Medical and sanitary report of the native army of Madras for the year
Year: 1876
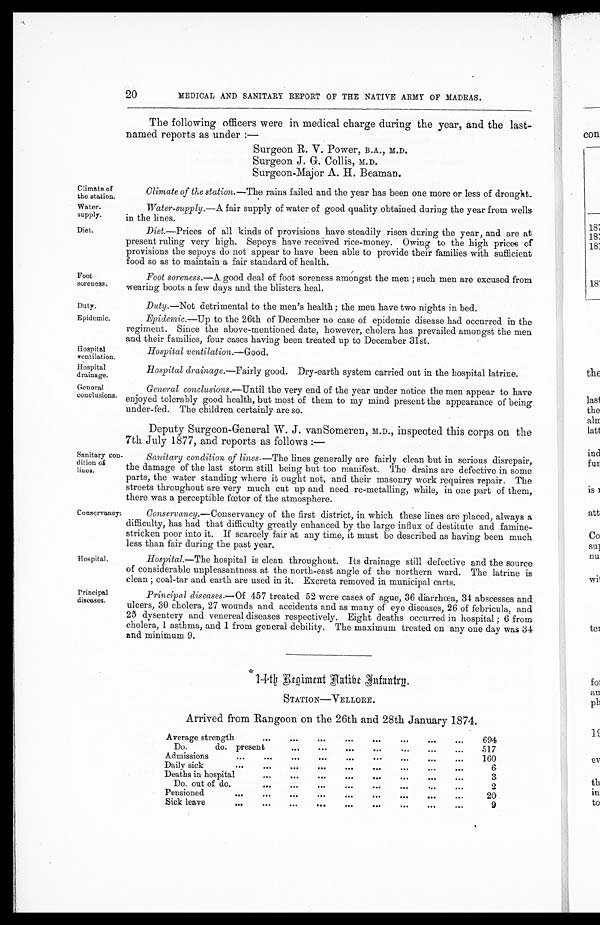
20
MEDICAL AND SANITARY REPORT OF THE NATIVE ARMY OF MADRAS.
The following officers were in medical charge during the year, and the last-
named reports as under :-
Surgeon R. V. Power, B.A., M.D.
Surgeon J. G. Collis, M.D.
Surgeon-Major A. H. Beaman.
Climate of
Climate of the station.—The rains failed and the year has been one more or less of drought_
the station.
Water.
Water-supply.—A fair supply of water of good quality obtained during the year from wells
supply.
in the lines.
Diet. Diet.—Prices of all kinds of provisions have steadily risen during the year, and are at
present ruling very high. Sepoys have received rice-money. Owing to the high prices of
provisions the sepoys do not appear to have been able to provide their families with sufficient
food so as to maintain a fair standard of health.
Foot
Foot soreness.—A good deal of foot soreness amongst the men ; such men are excused from
soreness.
wearing boots a few days and the blisters heal.
Duty.
Duty.—Not detrimental to the men's health; the men have two nights in bed.
Epidemic. Epidemic.—Up to the 26th of December no case of epidemic disease had occurred in the
regiment. Since the above-mentioned date, however, cholera has prevailed amongst the men
and their families, four cases having been treated up to December 31st.
Hospital
Hospital ventilation.—Good.
ventilation.
Hospital
Hospital drainage.—Fairly good. Dry-earth system carried out in the hospital latrine.
drainage.
General
General conclusions.—Until the very end of the year under notice the men appear to have
conclusions. enjoyed tolerably good health, but most of them to my mind present the appearance of being
under-fed. The children certainly are so.
Deputy Surgeon-General W. J. vanSomeren, M.D., inspected this corps on the
7th July 1877, and reports as follows :-
Sanitary con-
Sanitary condition of lines—The lines generally are fairly clean but in serious disrepair,
dition oi
the damage of the last storm still being but too manifest. The drains are defective in some
Hues.
parts, the water standing where it ought not, and their masonry work requires repair. The
streets throughout are very much cut up and need re-metalling, while, in one part of them,
there was a perceptible fœtor of the atmosphere.
Conservancy. Conservancy.—Conservancy of the first district, in which these lines are placed, always a
difficulty, has had that difficulty greatly enhanced by the large influx of destitute and famine-
stricken poor into it. If scarcely fair at any time, it must be described as having been much
less than fair during the past year.
Hospital. Hospital.—The hospital is clean throughout. Its drainage still defective and the source.
of considerable unpleasantness at the north-east angle of the northern ward. The latrine is
clean ; coal-tar and earth are used in it. Excreta removed in municipal carts.
Principal
Principal diseases.—Of 457 treated 52 were cases of ague, 36 diarrhoea, 34 abscesses and
diseases.
ulcers, 30 cholera., 27 wounds and accidents and as many of eye diseases, 26 of febricula, and
23 dysentery and venereal diseases respectively. Eight deaths occurred in hospital ; 6 from
cholera, 1 asthma, and 1 from general debility. The maximum treated on any one day was 34
and minimum 9.
14th Ragiment Aatibe Infantry
STATION—YELLORE.
Arrived from Rangoon on the 26th and 28th January 1874.
Average strength
•••
•••
•••
• • •
•••
•••
694
D o .
do. present
•• 6
• • •
•••
•••
•• •
• • •
• ••
517
Admissions
•••
•••
•••
•••
•••
•••
•••
160
Daily sick
•••
•••
•••
0••
•••
•••
•••
•••
6
Deaths in hospital
•••
•••
• • •
•••
•••
6 O•
•••
•••
3
Do. out of do.
•••
•••
• • 0
•••
•••
•• •
• • •
2
Pensioned
•••
•••
•••
..•
•••
•• •
• ••
•••
•• •
20
Sick leave
,411
•••
•••
6011
0"
11•0
•••
•••
•••
9